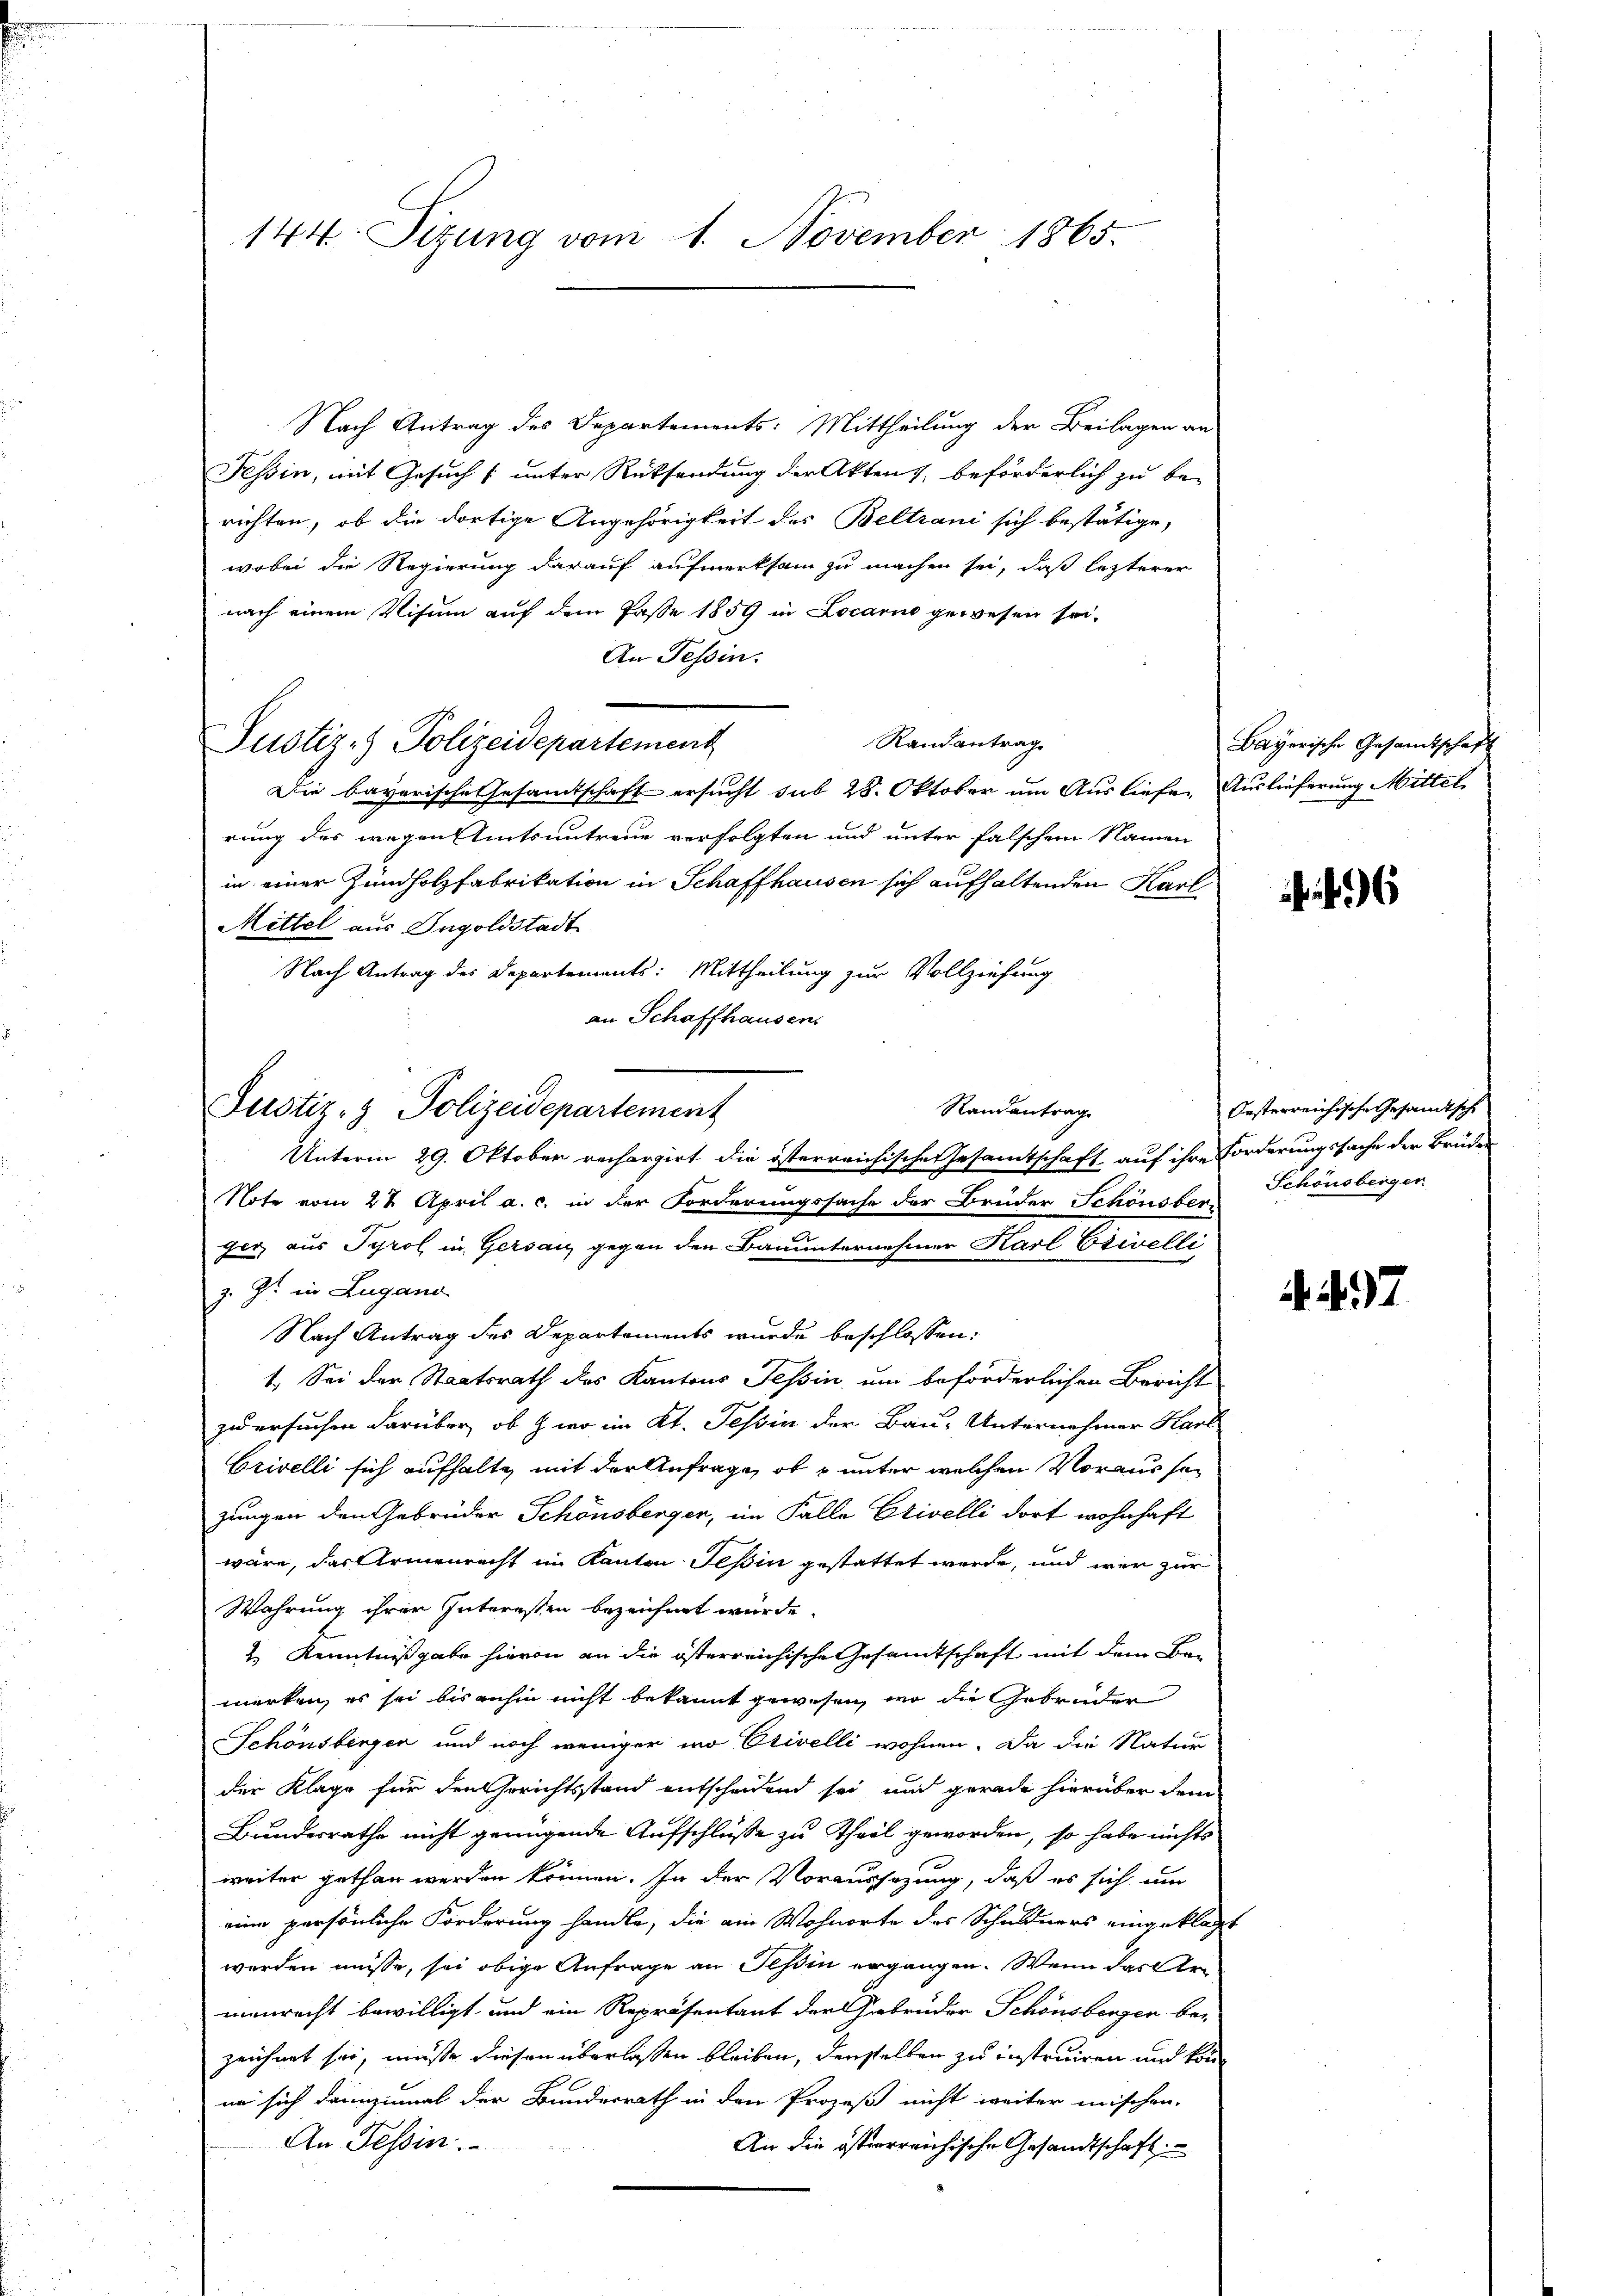
144. Sizung vom 1. November 1865.

Nach Antrag des Departements: Mittheilung der Beilagen an
Tessin, mit Gesuch (unter Rücksendung der Akten, beförderlich zu berichten, ob die dortige Angehörigkeit des Beltrani sich bestätige,
wobei die Regierung darauf aufmerksam zu machen sei, daß lezterer
nach einem Visum auf dem Paße 1859 in Locarno gewesen sei,
An Tessin.
Randantrag
Justiz- & Polizeidepartement
Die bayerische Gesamtschaft ersucht sub 28. Oktober um Ausliefer Auslieferung Mittel
rung des wegen Amtsuntreue verfolgten und unter falschem Namen
in einer Zündholzfabrikation in Schaffhausen sich aufhaltenden Karl
Mittel aus Ingoldstadt
Nach Antrag des Departements: Mittheilung zur Vollziehung
an Schaffhausen
Randantrag
Unterm 29. Oktober rechargirt die österreichische Gesamtschaft auf ihre Forderungssache der Brüder
Note vom 24. April a. c. in der Forderungssache der Brüder Schönsber
ger aus Tyrol in Gersau, gegen den Bauunternehmer Karl Esivelli
Z. G. in Lugano
Nach Antrag des Departements wurde beschlossen:
1. Sei der Staatsrath des Kantons Tessin, um beförderlichen Bericht
zwersuchen darüber, ob & wo im Kt. Tessin der Bau- Unternehmer Hart
Crivelli sich aufhalte mit der Anfrage, ob & unter welchen Voraussezungen den Gebrüder Schönsberger, im Falle Erivelli dort wohnhaft
wäre, das Armenrecht im Kanton Teßin gestattet werde, und wer zur
Wahrung ihrer Interessen bezeichnet würde.
 Kenntnißgabe hievon an die österreichische Gesamtschaft mit dem Bemerken, es sei bis anhin nicht bekannt gewesen, wo die Gebrüder
Schönsbergen und noch weniger wo Olivelli wohnen. Da die Natur
der Klage für den Gerichtsstand entscheidend sei, und gerade hierüber dem
Bundesrathe nicht genügende Aufschlüsse zu Theil geworden, so habe nichts
weiter gethan werden können. In der Voraussagung, daß es sich um
eine persönliche Forderung handle, die am Wohnorte des Schuldners eingeklagt
werden müsse, sei obige Anfrage an Tessin ergangen. Wenn das Armanrecht bewilligt, und ein Repräsentant der Gebrüder Schönsberger be-
zeichnet sei, müße diesen überlassen bleiben, denselben zu instruiren und könnn sich dannzumal der Bundesrath in den Prozeß nicht weiter mischen.
An Tessin
An die österreichische Gesandtschaft

Justiz- & Polizeidepartement

Bayerische Gesandtschaft

6

Oesterreichische Gesandtsche
Schönsberger

97